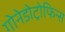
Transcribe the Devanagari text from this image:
गोनेडोट्रोफिन्स